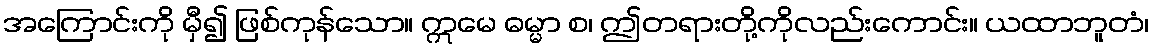
အကြောင်းကို မှီ၍ ဖြစ်ကုန်သော။ ဣမေ ဓမ္မာ စ၊ ဤတရားတို့ကိုလည်းကောင်း။ ယထာဘူတံ၊